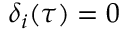
\delta _ { i } ( \tau ) = 0